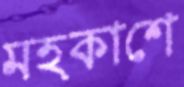
মহকাশে